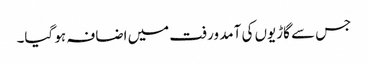
جس سے گاڑیوں کی آمد ورفت میں اضافہ ہو گیا۔